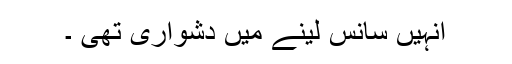
انہیں سانس لینے میں دشواری تھی ۔